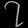
Digit: ၇